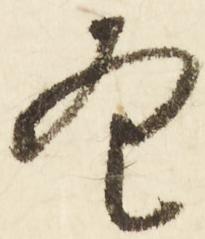
条